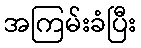
အကြမ်းခံပြီး